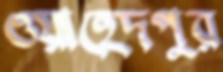
ওয়াহেদপুর